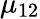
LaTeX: \mu_{12}